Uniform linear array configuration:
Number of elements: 24
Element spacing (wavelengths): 0.5
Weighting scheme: kaiser
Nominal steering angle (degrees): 30
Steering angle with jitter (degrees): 30.698
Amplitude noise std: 0.05
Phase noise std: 0.05

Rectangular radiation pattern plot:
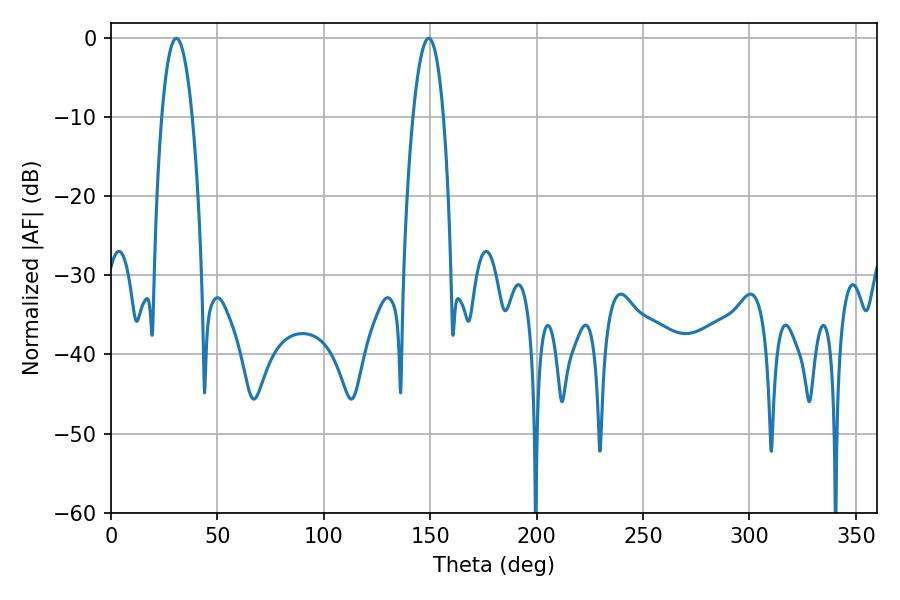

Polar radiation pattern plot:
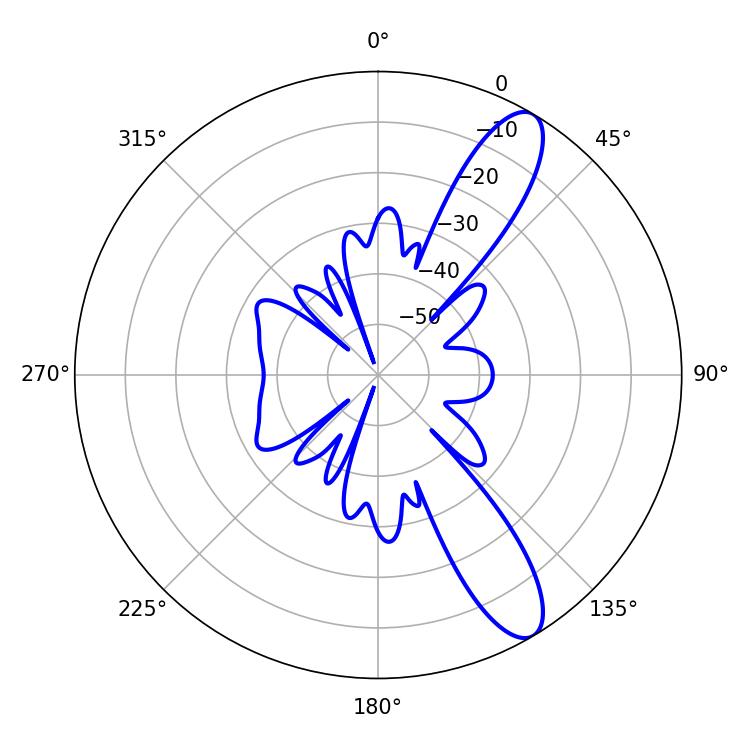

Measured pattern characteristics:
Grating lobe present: FALSE
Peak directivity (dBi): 11.195
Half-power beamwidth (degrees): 7.92
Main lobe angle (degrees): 30.78